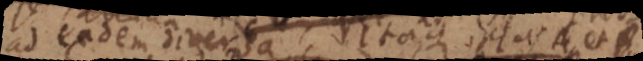
ad eadem diversa itaque _ et A et B